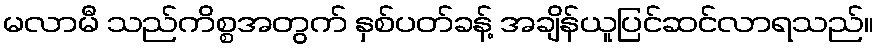
မလာမီ သည်ကိစ္စအတွက် နှစ်ပတ်ခန့် အချိန်ယူပြင်ဆင်လာရသည်။